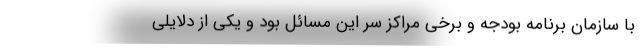
با سازمان برنامه بودجه و برخی مراکز سر این مسائل بود و یکی از دلایلی